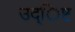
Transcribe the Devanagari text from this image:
उद्िष्ट